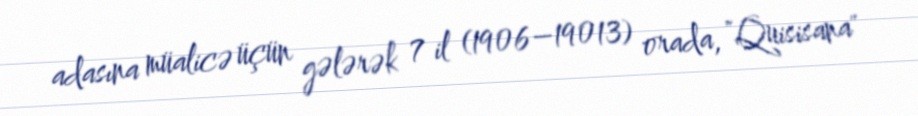
adasına müalicə üçün gələrək 7 il (1906–19013) orada, "Quisisana"